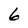
Character: 6